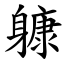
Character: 躿